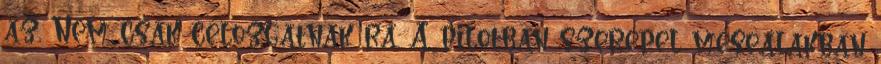
az. Nem csak célozgatnak rá. A pilotban szerepel mesealakban